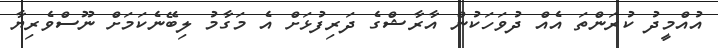
އުއްމީދު ކުރަންތަ އެއް ދުވަހަކުން އާރާޝްގެ ދަރިފުޅަށް އެ މަގާމު ލިބޭނެކަމަށް ނޫސްވެރިޔާ